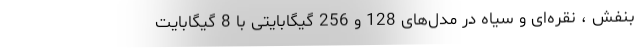
بنفش ، نقره‌ای و سیاه در مدل‌های 128 و 256 گیگابایتی با 8 گیگابایت